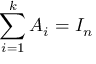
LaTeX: \sum _ { i = 1 } ^ { k } A _ { i } = I _ { n }